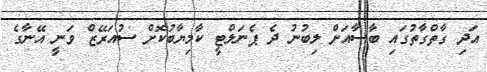
އަދި ގާތްގާތުގައި ބާސާއަށް ލިބުނު ދެ ޕެނަލްޓީ ކާމިޔާބުކޮށް ސުއަރޭޒް ވަނީ އޭނާގެ